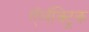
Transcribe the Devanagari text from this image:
ऍलॅक्ट्रिक